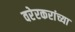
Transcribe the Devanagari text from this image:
वरेरकरांच्या